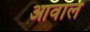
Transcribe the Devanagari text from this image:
आवाले